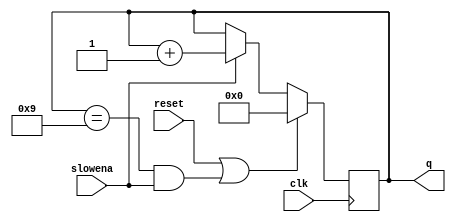
module top_module (
    input clk,
    input slowena,
    input reset,
    output [3:0] q);
    reg [3:0] count;
    assign q=count;
    always @(posedge clk) begin
        if(reset || (count==9 && slowena==1)) count<=0;
        else if(slowena) count<=count+1;
    end
endmodule